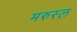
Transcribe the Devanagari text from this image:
मरुस्ल